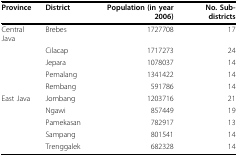
<table><thead><tr><td><b>Province</b></td><td><b>District</b></td><td><b>Population (in year 2006)</b></td><td><b>No. Sub-districts</b></td></tr></thead><tbody><tr><td>Central Java</td><td>Brebes</td><td>1727708</td><td>17</td></tr><tr><td></td><td>Cilacap</td><td>1717273</td><td>24</td></tr><tr><td></td><td>Jepara</td><td>1078037</td><td>14</td></tr><tr><td></td><td>Pemalang</td><td>1341422</td><td>14</td></tr><tr><td></td><td>Rembang</td><td>591786</td><td>14</td></tr><tr><td>East Java</td><td>Jombang</td><td>1203716</td><td>21</td></tr><tr><td></td><td>Ngawi</td><td>857449</td><td>19</td></tr><tr><td></td><td>Pamekasan</td><td>782917</td><td>13</td></tr><tr><td></td><td>Sampang</td><td>801541</td><td>14</td></tr><tr><td></td><td>Trenggalek</td><td>682328</td><td>14</td></tr></tbody></table>